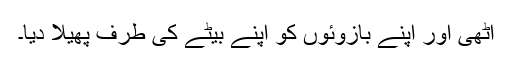
اٹھی اور اپنے بازوئوں کو اپنے بیٹے کی طرف پھیلا دیا۔